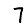
Digit: 7